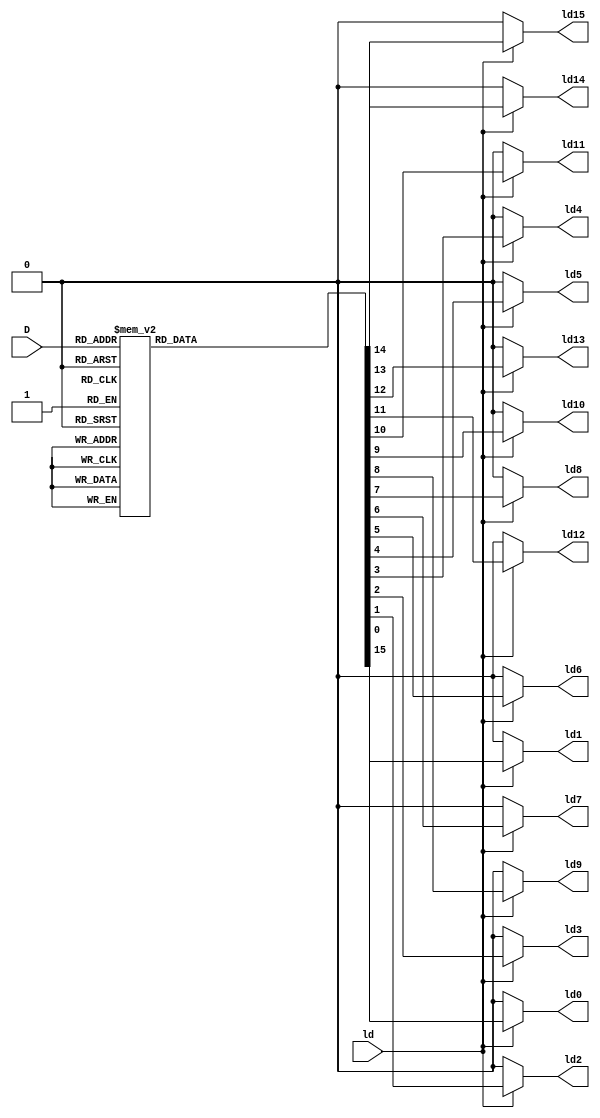
module binary_decoder (output reg ld0, ld1,ld2,ld3,ld4,ld5,ld6,ld7,ld8,ld9,ld10,ld11,ld12,ld13,ld14,ld15, input [3:0] D, input ld);
	always @(ld, D) 
	begin
		ld0 = 0; ld1 = 0; ld2 = 0; ld3 = 0; ld4 = 0;
		ld5 = 0; ld6 = 0; ld7 = 0; ld8 = 0; ld9 = 0;
		ld10 = 0; ld11 = 0; ld12 = 0; ld13 = 0; ld14 = 0; ld15 = 0;
		if(ld) begin
			case(D)
				0: ld0 = 1;
				1: ld1 = 1;
				2: ld2 = 1;
				3: ld3 = 1;
				4: ld4 = 1;
				5: ld5 = 1;
				6: ld6 = 1;
				7: ld7 = 1;
				8: ld8 = 1;
				9: ld9 = 1;
				10: ld10 = 1;
				11: ld11 = 1;
				12: ld12 = 1;
				13: ld13 = 1;
				14: ld14 = 1;
				15: ld15 = 1;
			endcase
		end		
	end
endmodule
//initialize  var  variable zero if zero 1 q = 0 ;
module register (output reg [31:0] Q, input [31:0] D, input clk, input ld, input reset);
	always @ (posedge clk, reset)
		if(reset) begin
			Q = 32'd0;
		end
		else if(ld) begin
			Q = D;
		end
endmodule

module Mux_16_1 (output reg [31:0] Y, input [3:0] S, input [31:0] r0_out,r1_out,r2_out,r3_out,r4_out,r5_out,r6_out,r7_out,r8_out,r9_out,r10_out,r11_out,r12_out,r13_out,r14_out,r15_out);
	always @ (S, r0_out,r1_out,r2_out,r3_out,r4_out,r5_out,r6_out,r7_out,r8_out,r9_out,r10_out,r11_out,r12_out,r13_out,r14_out,r15_out) begin
		//$display("Register input value: %d", S);
		case (S)
			0: Y = r0_out;
			1: Y = r1_out;
			2: Y = r2_out;
			3: Y = r3_out;
			4: Y = r4_out;
			5: Y = r5_out;
			6: Y = r6_out;
			7: Y = r7_out;
			8: Y = r8_out;
			9: Y = r9_out;
			10: Y = r10_out;
			11: Y = r11_out;
			12: Y = r12_out;
			13: Y = r13_out;
			14: Y = r14_out;
			15: Y = r15_out;
		endcase
	end
endmodule

// module register_file_test;

// 	reg clk, ld;
// 	reg [31:0] input_data;
// 	reg [3:0] d_select;
// 	reg [3:0] m1_select;
// 	reg [3:0] m2_select;
// 	wire w0 [0:15];
// 	wire [31:0] w1 [0:15];
// 	wire [31:0] w2;
// 	wire [31:0] w3;
// 	integer index;
// 	integer first_time_flag;
// 	binary_decoder d (w0, d_select, ld);
// 	generate
// 	genvar i; 
// 	for (i = 0; i < 16; i = i + 1) begin
// 	    register r (w1[i], input_data, clk, w0[i]);
// 	end endgenerate
// 	// register r [15:0](w1, input_data, clk, w0[0]);
// 	Mux_16_1 mux1 (w2, m1_select, w1);

// 	Mux_16_1 mux2 (w3, m2_select, w1);
// 	initial #500 $finish;

// // Test Mux outputs
// 	initial begin
// 		input_data = 32'd0;
// 		d_select = 'b0000;
// 		clk = 1'b0;
// 		ld = 1'b1;
// 		index = 0;
// 		first_time_flag = 1;
// 		// #1 clk = ~clk;
// 		repeat (31) begin
// 			#1 clk = ~clk;
// 			if(!clk) begin
// 				// input_data = input_data + 1;
// 				d_select = d_select + 1;
// 			end
// 		end
// 		//$display("\nDisplaying values stored in Registers");

// 		repeat(16) begin
// 			//$display("Value stored in Register%0d is: %h\n", index, w1[index]);
// 			index = index + 1;
// 		end	
// 		//$display("-----------------------------------------------------------------------------------------------");
// 		m1_select = 'b0000;
// 		m2_select = 'b1111;
// 		repeat (30) begin
// 			#1 clk = ~clk;
// 			if(!clk) begin
// 				m1_select = m1_select + 1;
// 				m2_select = m2_select - 1;
// 			end
// 		end
// 		//$display("-----------------------------------------------------------------------------------------------");
// 	end
// 	// initial $monitor("|   mux1 sel = %b   |   mux1 out = %h   | mux2 sel = %b   |   mux2 out = %h   |", m1_select, w2, m2_select,w3);
// endmodule